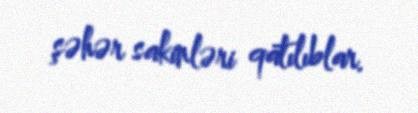
şəhər sakinləri qatılıblar.